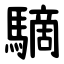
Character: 䮰